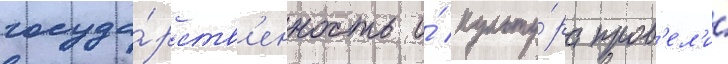
госуда́рств'енность и́ культу́ра пров'ел'и́